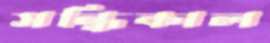
সন্ধিকাল